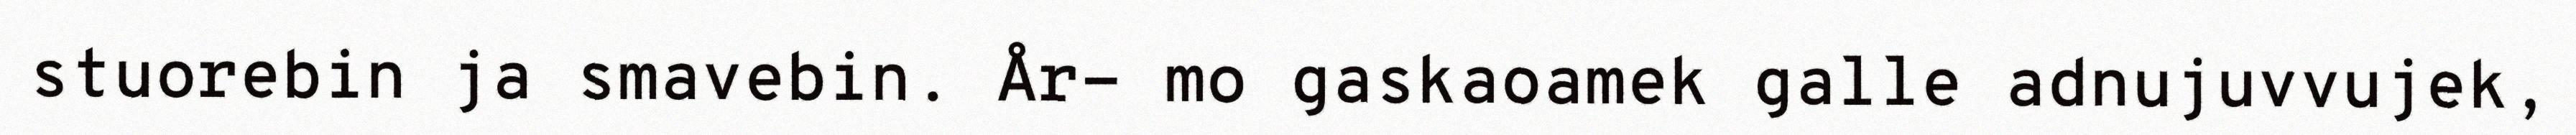
stuorebin ja smavebin. År- mo gaskaoamek galle adnujuvvujek,